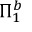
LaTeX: \Pi _ { 1 } ^ { b }